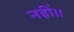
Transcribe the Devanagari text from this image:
नहीं।।